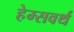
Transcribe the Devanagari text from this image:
हेम्सवर्थ